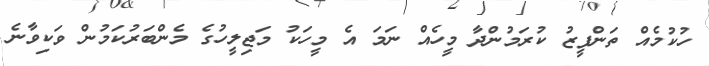
ހުކުމެއް ތަންފީޒު ކުރަމުންދާ މީހެއް ނަމަ އެ މީހަކު މަޖިލީހުގެ މެންބަރުކަމުން ވަކިވާނެ